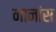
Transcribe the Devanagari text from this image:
नानांस